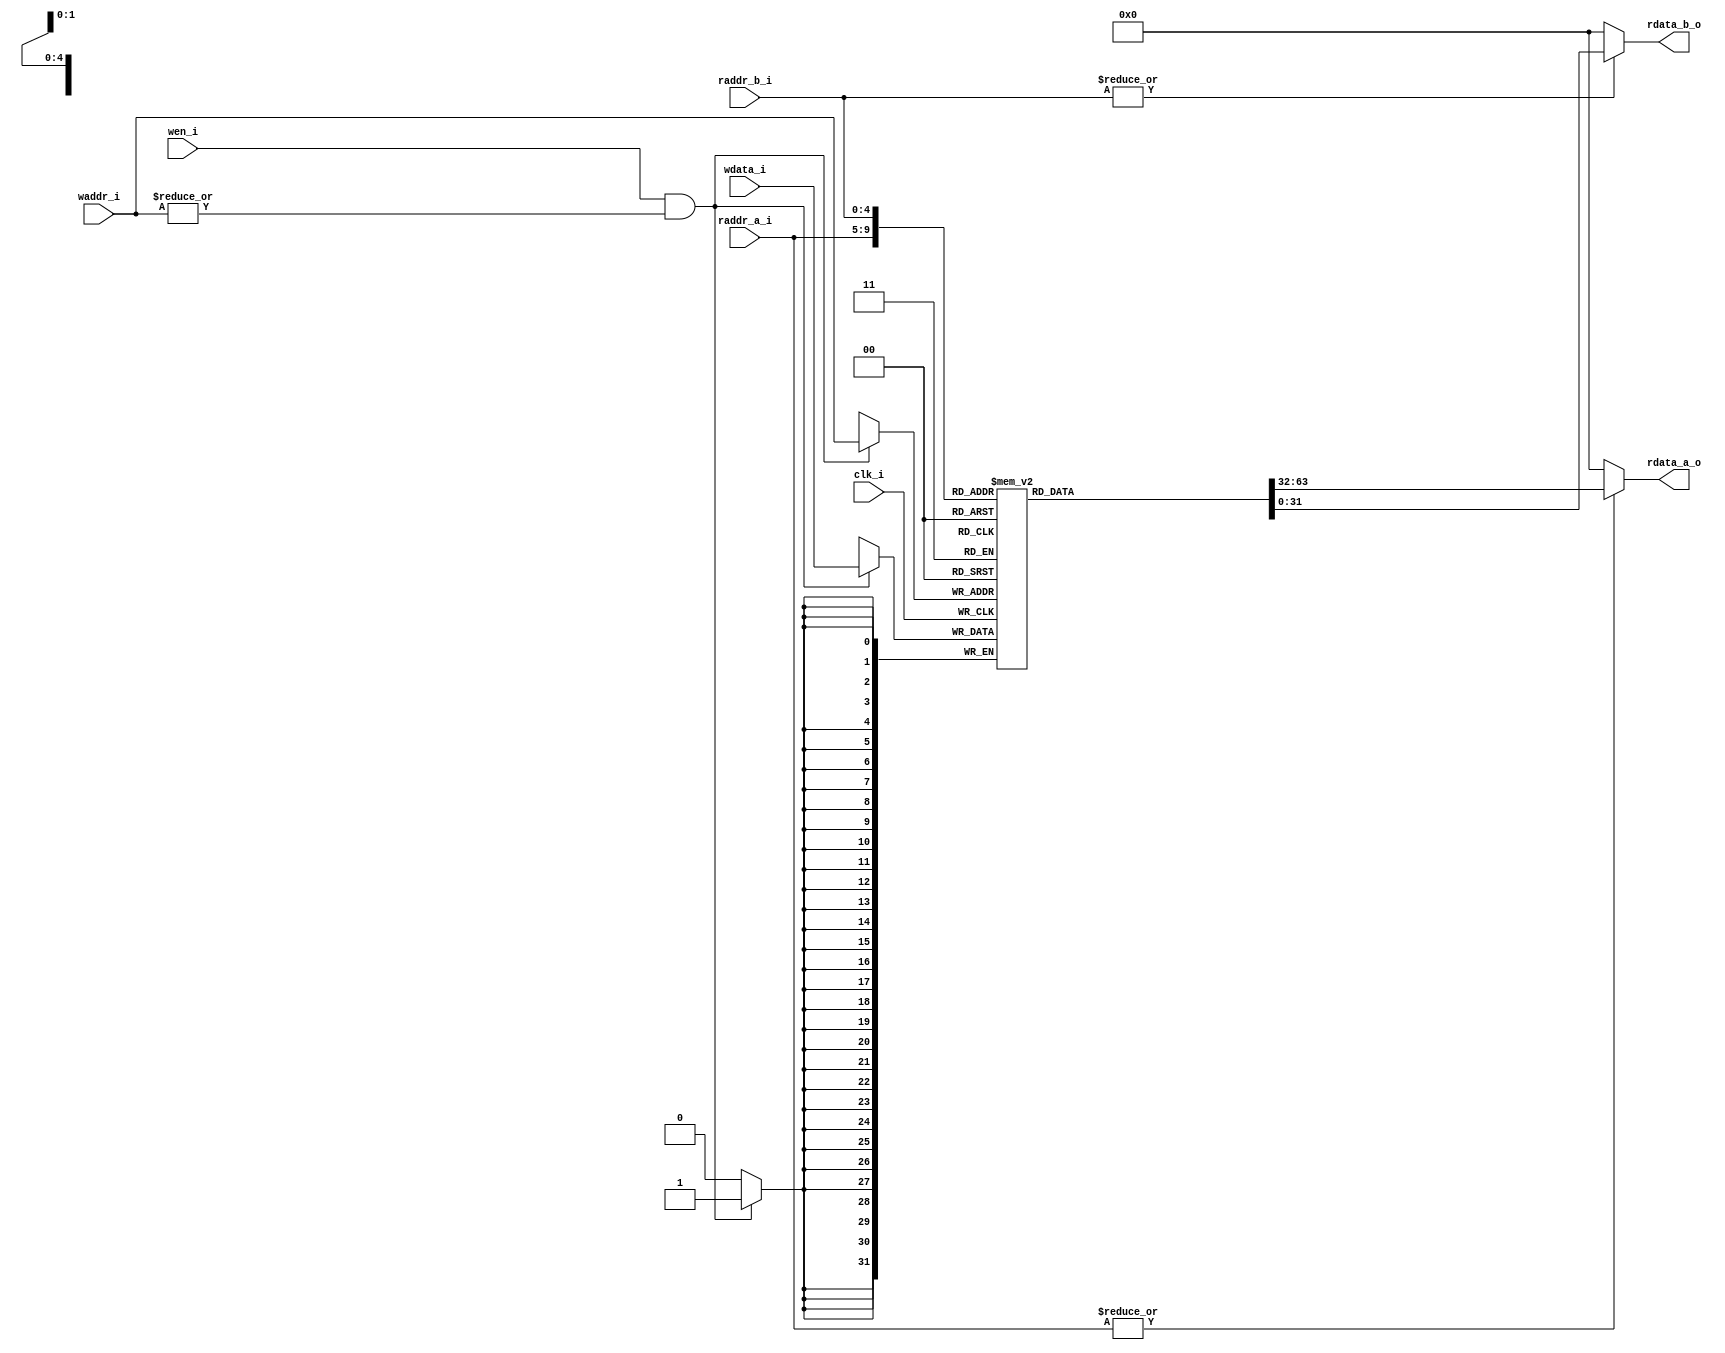
module mirfak_register_file (
                             input wire        clk_i,
                             // read port 1
                             input wire [4:0]  raddr_a_i,
                             output reg [31:0] rdata_a_o,
                             // read port 2
                             input wire [4:0]  raddr_b_i,
                             output reg [31:0] rdata_b_o,
                             // write port
                             input wire [4:0]  waddr_i,
                             input wire [31:0] wdata_i,
                             input wire        wen_i
                             );
    //--------------------------------------------------------------------------
    reg [31:0] mem[0:31];
    // read
    always @(*) begin
        rdata_a_o = (|raddr_a_i) ? mem[raddr_a_i] : 32'b0;
        rdata_b_o = (|raddr_b_i) ? mem[raddr_b_i] : 32'b0;
    end
    // write
    always @(posedge clk_i) begin
        if (wen_i && |waddr_i) begin
            mem[waddr_i] <= wdata_i;
        end
    end
    //--------------------------------------------------------------------------
endmodule